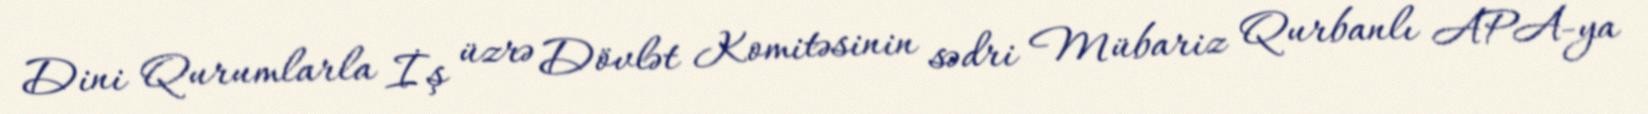
Dini Qurumlarla İş üzrə Dövlət Komitəsinin sədri Mübariz Qurbanlı APA-ya